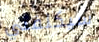
سيكلفني